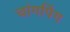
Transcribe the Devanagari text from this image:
चांगपिंग